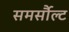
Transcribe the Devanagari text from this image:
समर्सौल्ट